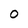
Character: O